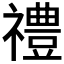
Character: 禮